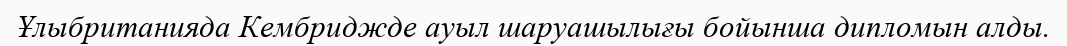
Ұлыбританияда Кембриджде ауыл шаруашылығы бойынша дипломын алды.